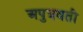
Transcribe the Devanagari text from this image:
अपुत्रवती